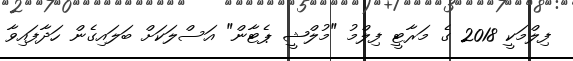
ފިލްމަކީ 2018 ގެ މަރާޓީ ފިލްމު "މުލްޝީ ޕެޓާން" އަސްލަކަށް ބަލައިގެން ހަދާފައިވާ